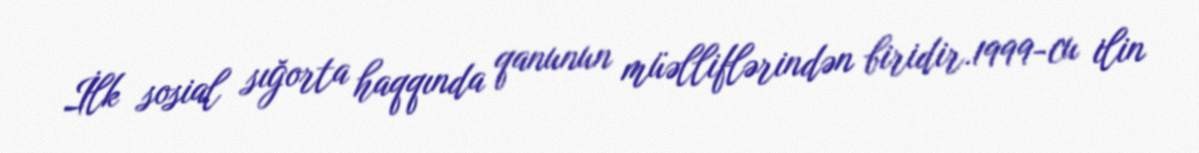
İlk sosial sığorta haqqında qanunun müəlliflərindən biridir.1999-cu ilin